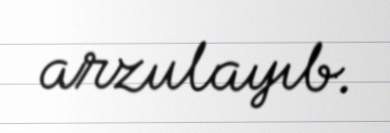
arzulayıb.